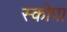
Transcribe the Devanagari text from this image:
स्कोपा